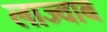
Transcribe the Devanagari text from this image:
लाज्वाब